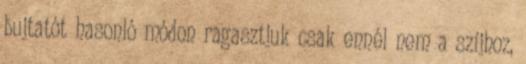
bujtatót hasonló módon ragasztjuk csak ennél nem a szíjhoz,